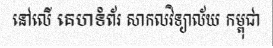
នៅលើ គេហទំព័រ សាកលវិទ្យាល័យ កម្ពុជា